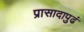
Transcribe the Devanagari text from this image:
प्रासादापुढं